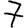
Digit: 7